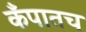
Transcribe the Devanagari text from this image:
कँपातच